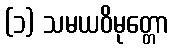
(၁) သမယဝိမုတ္တော